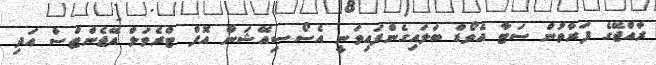
ރާއްޖޭގެ ފަރާތުން ސަޓާ އެވޯޑް ބަލައިގެންފައިވަނީ އެސޯސިއޭޝަން އޮފް ޓްރެވަލް އޭޖެންޓްސް އަދި